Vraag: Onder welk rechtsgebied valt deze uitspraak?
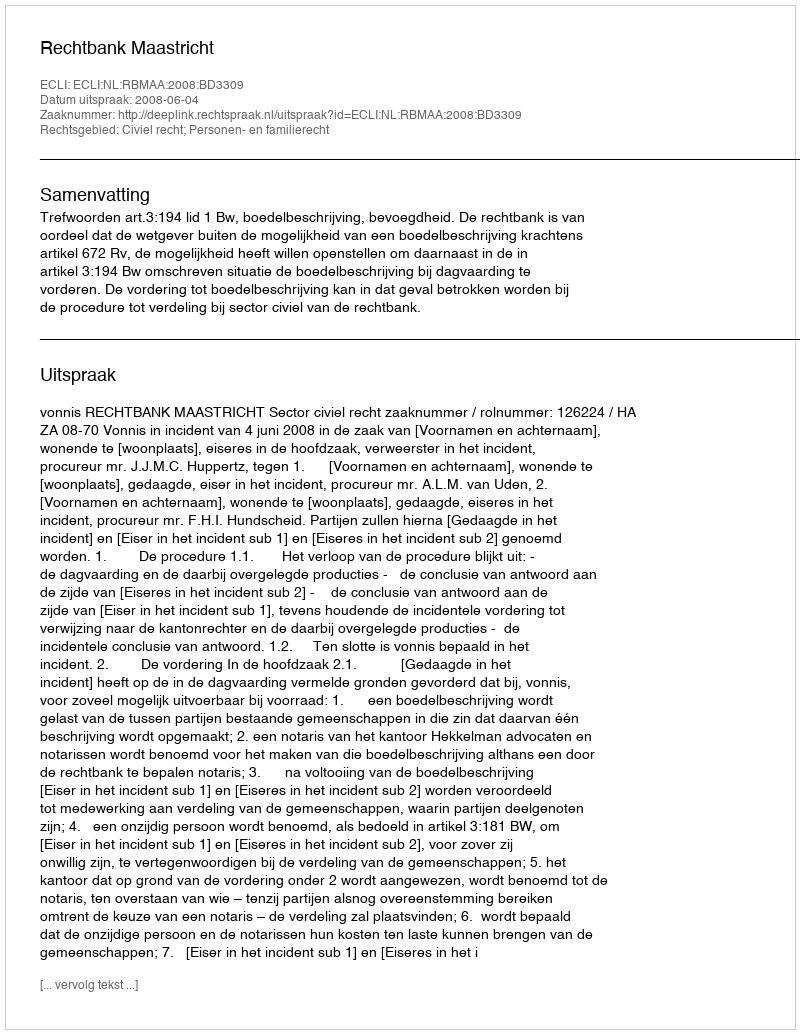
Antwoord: Civiel recht; Personen- en familierecht